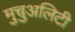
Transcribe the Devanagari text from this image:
मुचुअलिटी